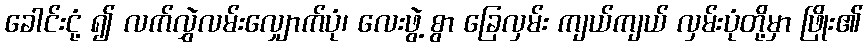
ခေါင်းငုံ့ ၍ လက်လွှဲလမ်းလျှောက်ပုံ၊ လေးဖွဲ့ စွာ ခြေလှမ်း ကျယ်ကျယ် လှမ်းပုံတို့မှာ ဖြိုး၏